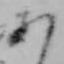
あ